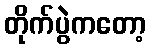
တိုက်ပွဲကတော့